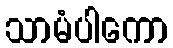
သာမံပါကော